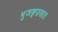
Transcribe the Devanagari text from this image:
भुजङ्गप्रयात